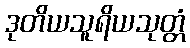
ဒုတိယသူရိယသုတ္တံ